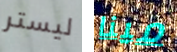
ليستر مينا